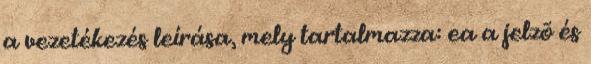
a vezetékezés leírása, mely tartalmazza: ea a jelzõ és